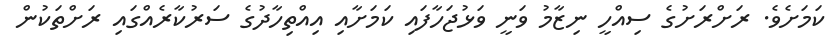
ކަމަށެވެ. ރަށްރަށުގެ ސިއްހީ ނިޒާމު ވަނީ ވަޅުޖަހާފައި ކަމަށާއި އިއްތިހާދުގެ ސަރުކާރެއްގައި ރަށްތަކުން